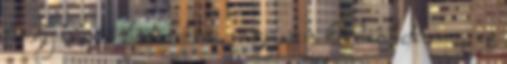
hogy nem írhat nekem, vagy nem kérdezheti meg, ez